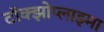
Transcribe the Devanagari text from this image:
टॉक्झोप्लाझ्मा